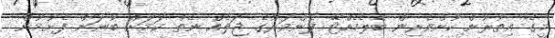
މީގެ އިތުރުން ކުށްވެރިން ބެލެހެއްޓޭ ފެންވަރުގެ ޖަލެއް ނެތް ކަމަށް ބުނަން ފެށުމުން